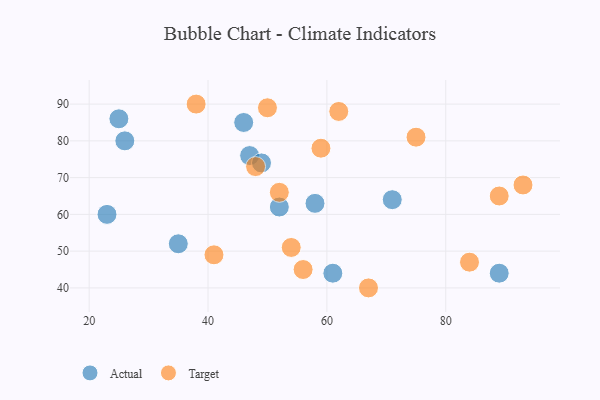
{"axis": {"x": "GDP", "y": "Life Expectancy"}, "legend": ["Actual", "Target"], "data": [{"x": "71", "y": 64, "type": "Actual"}, {"x": "52", "y": 62, "type": "Actual"}, {"x": "35", "y": 52, "type": "Actual"}, {"x": "61", "y": 44, "type": "Actual"}, {"x": "46", "y": 85, "type": "Actual"}, {"x": "47", "y": 76, "type": "Actual"}, {"x": "23", "y": 60, "type": "Actual"}, {"x": "89", "y": 44, "type": "Actual"}, {"x": "25", "y": 86, "type": "Actual"}, {"x": "58", "y": 63, "type": "Actual"}, {"x": "26", "y": 80, "type": "Actual"}, {"x": "49", "y": 74, "type": "Actual"}, {"x": "84", "y": 47, "type": "Target"}, {"x": "89", "y": 65, "type": "Target"}, {"x": "56", "y": 45, "type": "Target"}, {"x": "59", "y": 78, "type": "Target"}, {"x": "52", "y": 66, "type": "Target"}, {"x": "62", "y": 88, "type": "Target"}, {"x": "93", "y": 68, "type": "Target"}, {"x": "54", "y": 51, "type": "Target"}, {"x": "75", "y": 81, "type": "Target"}, {"x": "67", "y": 40, "type": "Target"}, {"x": "41", "y": 49, "type": "Target"}, {"x": "48", "y": 73, "type": "Target"}, {"x": "38", "y": 90, "type": "Target"}, {"x": "50", "y": 89, "type": "Target"}]}